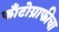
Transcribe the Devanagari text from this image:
फाँटोग्राफीचा